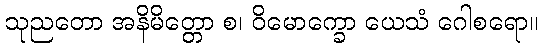
သုညတော အနိမိတ္တော စ၊ ဝိမောက္ခော ယေသံ ဂေါစရော။